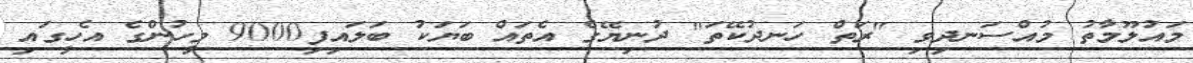
މައުލޫމާތު މުއްސަނދިވި "ރަތް ހަނދުކޭތަ" ދުނިޔޭގެ އެތައް ބަޔަކު ބަލައިފި9000 މީހުންގެ އެހީގައި